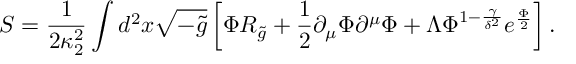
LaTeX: S = { \frac { 1 } { 2 \kappa _ { 2 } ^ { 2 } } } \int d ^ { 2 } x \sqrt { - \tilde { g } } \left[ \Phi { \cal R } _ { \tilde { g } } + { \frac { 1 } { 2 } } \partial _ { \mu } \Phi \partial ^ { \mu } \Phi + \Lambda \Phi ^ { 1 - { \frac { \gamma } { \delta ^ { 2 } } } } e ^ { \frac { \Phi } { 2 } } \right] .